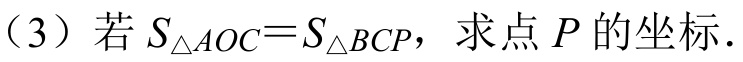
（3）若\(S_{\triangle AOC}=S_{\triangle BCP}\)，求点\(P\)的坐标.